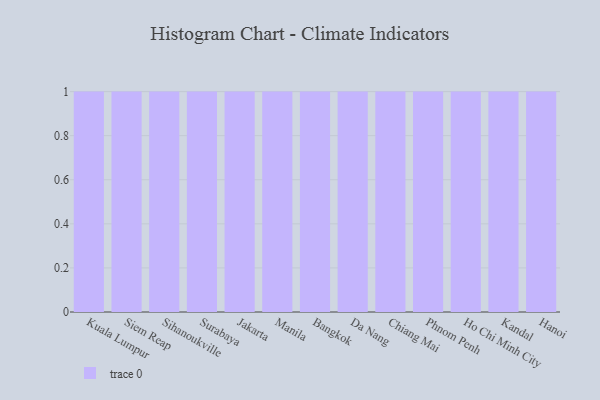
{"axis": {"x": "City", "y": "Tickets Resolved"}, "legend": [""], "data": [{"x": "Kuala Lumpur", "y": 61, "type": ""}, {"x": "Siem Reap", "y": 17, "type": ""}, {"x": "Sihanoukville", "y": 40, "type": ""}, {"x": "Surabaya", "y": 20, "type": ""}, {"x": "Jakarta", "y": 83, "type": ""}, {"x": "Manila", "y": 64, "type": ""}, {"x": "Bangkok", "y": 45, "type": ""}, {"x": "Da Nang", "y": 65, "type": ""}, {"x": "Chiang Mai", "y": 9, "type": ""}, {"x": "Phnom Penh", "y": 87, "type": ""}, {"x": "Ho Chi Minh City", "y": 45, "type": ""}, {"x": "Kandal", "y": 85, "type": ""}, {"x": "Hanoi", "y": 90, "type": ""}]}